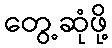
တွေ့ဆုံဖို့